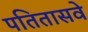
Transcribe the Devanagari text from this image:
पतितासवे